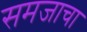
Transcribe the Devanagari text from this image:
समजाचा